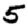
Digit: 5